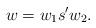
LaTeX: \begin{align*}w=w_1 s' w_2.\end{align*}